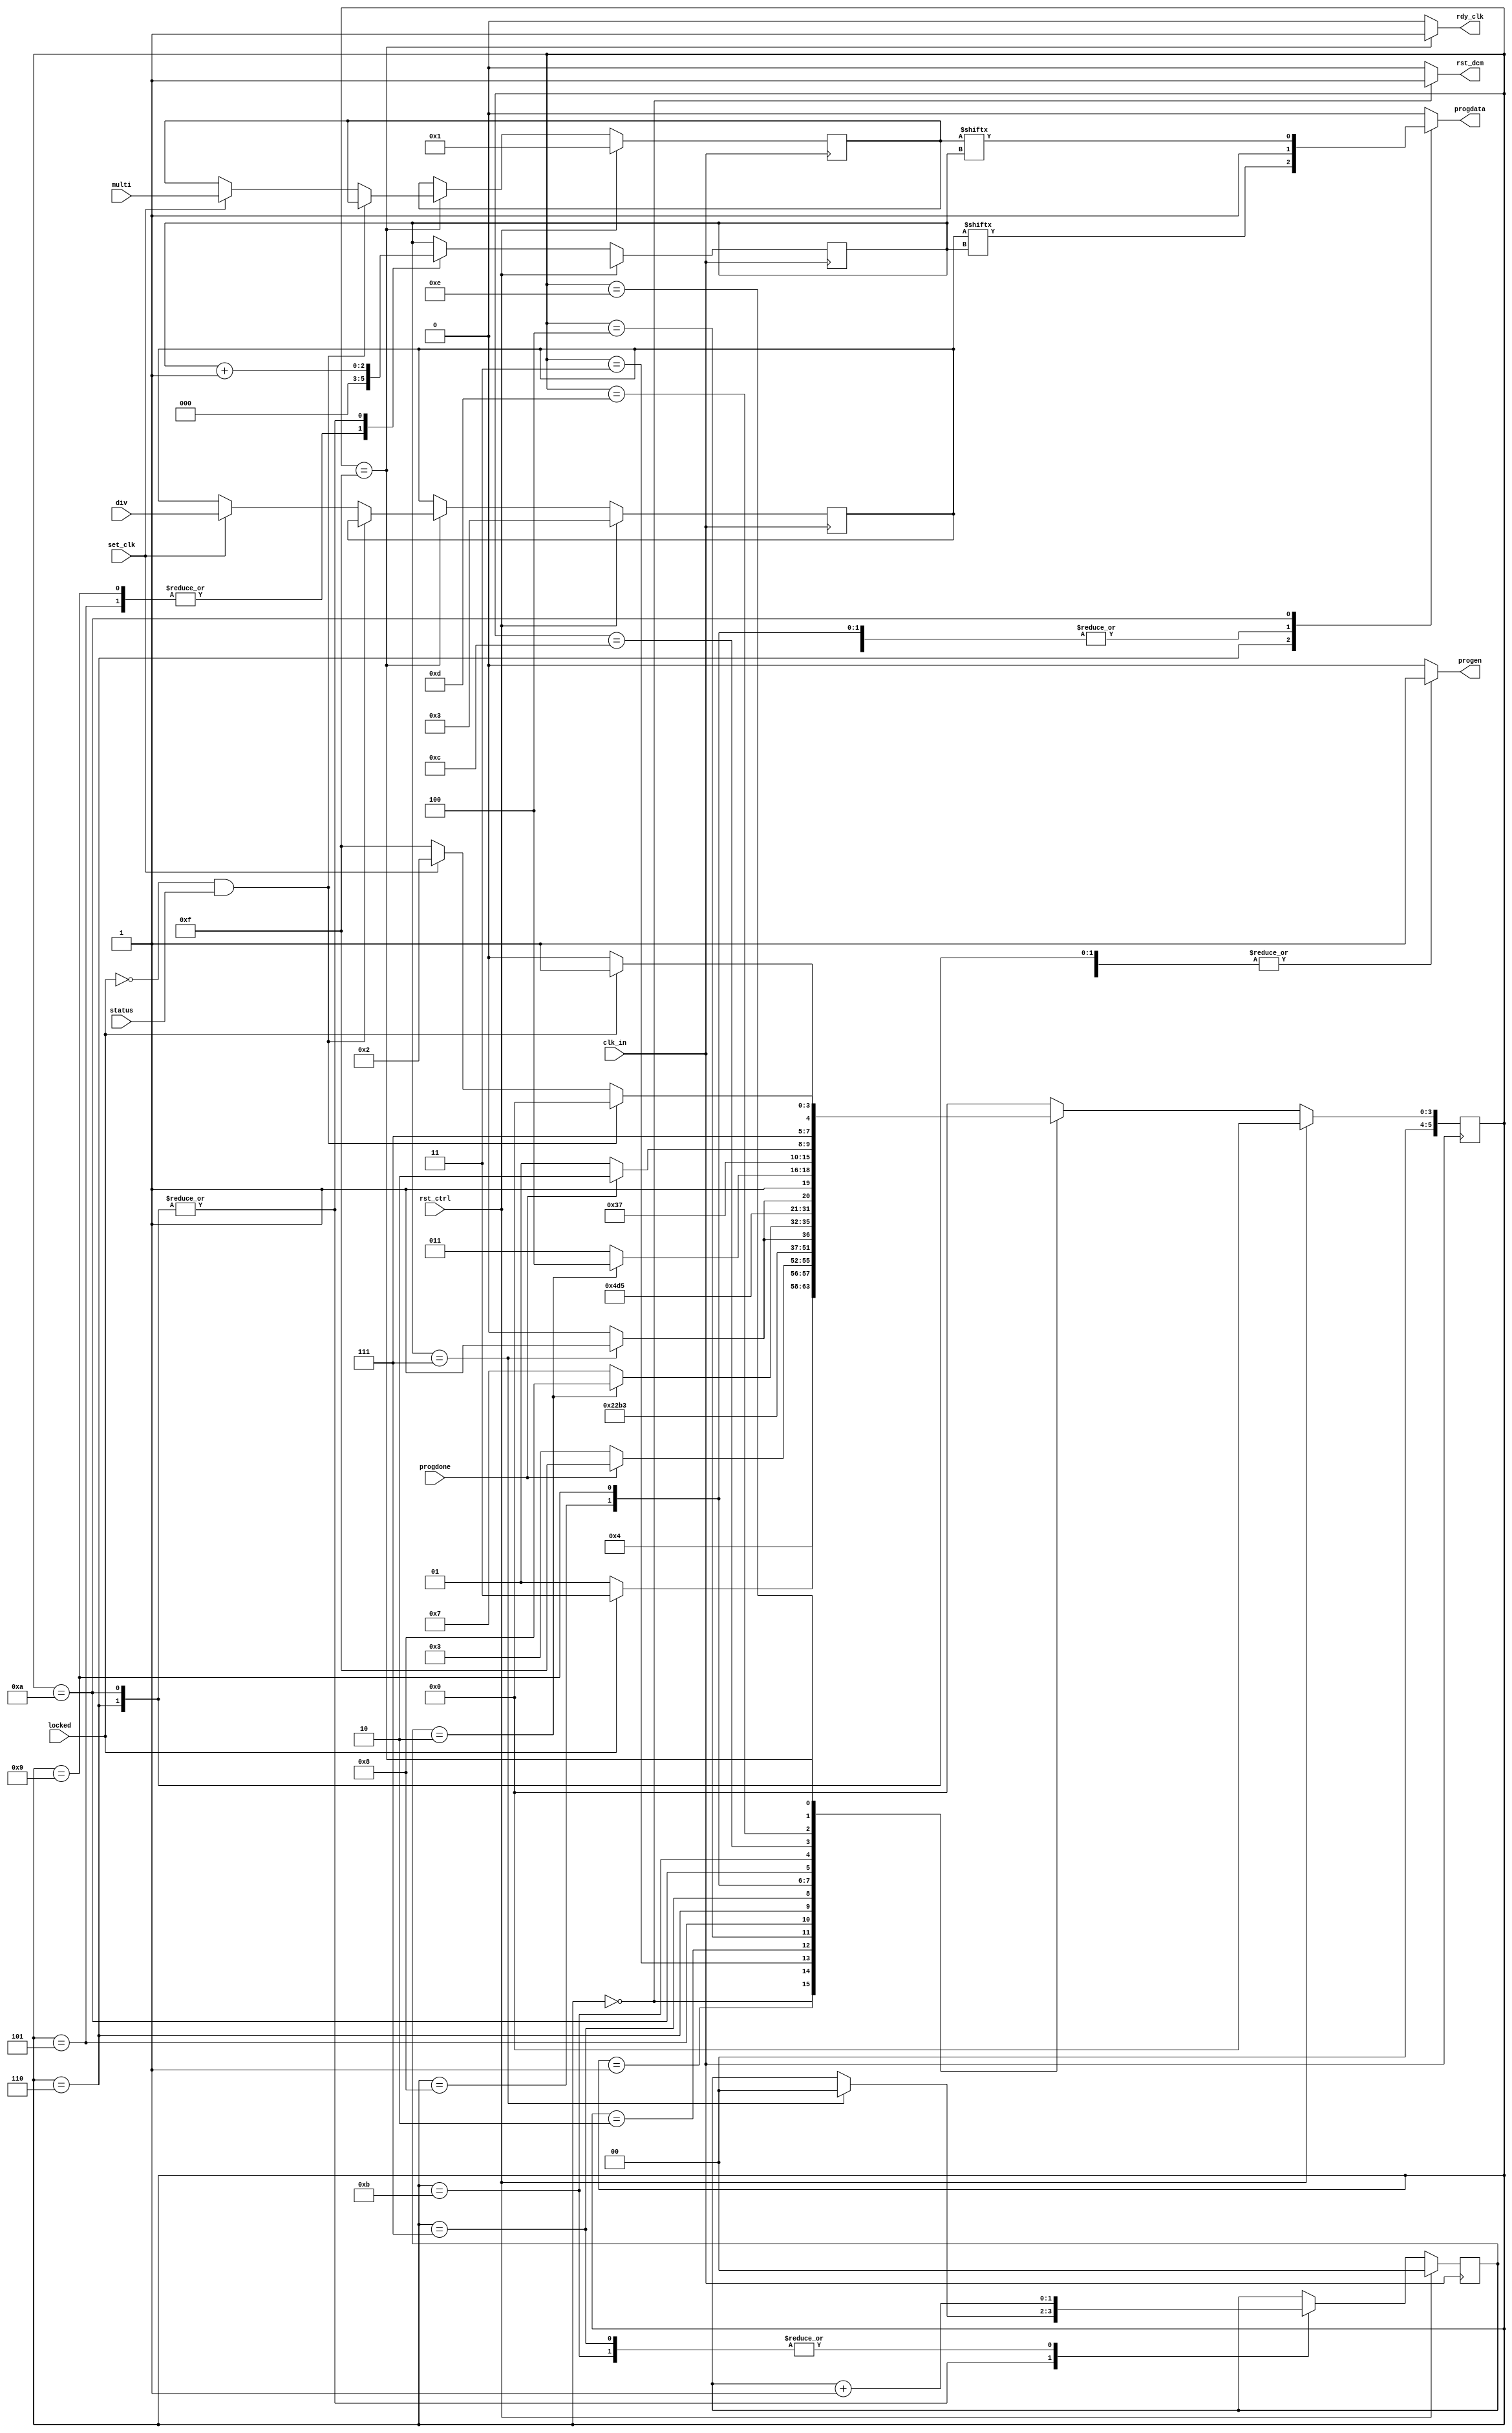
/* Copyright (c) 2013 by the author(s)
 *
 * Permission is hereby granted, free of charge, to any person obtaining a copy
 * of this software and associated documentation files (the "Software"), to deal
 * in the Software without restriction, including without limitation the rights
 * to use, copy, modify, merge, publish, distribute, sublicense, and/or sell
 * copies of the Software, and to permit persons to whom the Software is
 * furnished to do so, subject to the following conditions:
 *
 * The above copyright notice and this permission notice shall be included in
 * all copies or substantial portions of the Software.
 *
 * THE SOFTWARE IS PROVIDED "AS IS", WITHOUT WARRANTY OF ANY KIND, EXPRESS OR
 * IMPLIED, INCLUDING BUT NOT LIMITED TO THE WARRANTIES OF MERCHANTABILITY,
 * FITNESS FOR A PARTICULAR PURPOSE AND NONINFRINGEMENT. IN NO EVENT SHALL THE
 * AUTHORS OR COPYRIGHT HOLDERS BE LIABLE FOR ANY CLAIM, DAMAGES OR OTHER
 * LIABILITY, WHETHER IN AN ACTION OF CONTRACT, TORT OR OTHERWISE, ARISING FROM,
 * OUT OF OR IN CONNECTION WITH THE SOFTWARE OR THE USE OR OTHER DEALINGS IN
 * THE SOFTWARE.
 *
 * =============================================================================
 *
 * Xilinx DCM control for the clock manager
 *
 * Author(s):
 *   Stefan Wallentowitz <stefan.wallentowitz@tum.de>
 */
module dcm_clkgen_ctrl(/*AUTOARG*/
   // Outputs
   rst_dcm, progen, progdata, rdy_clk,
   // Inputs
   multi, div, clk_in, rst_ctrl, set_clk, locked, progdone, status
   );

   parameter DEFAULT_MULTI = 1;
   parameter DEFAULT_DIV   = 3;

   // inputs
   input wire [7:0] multi;
   input wire [7:0] div;
   input wire       clk_in;
   input wire       rst_ctrl;
   input wire       set_clk;
   input wire       locked;
   input wire       progdone;
   input wire       status;

   // outputs
   output reg       rst_dcm;
   output reg       progen;
   output reg       progdata;
   output reg       rdy_clk;

   reg [1:0]        rstcount;
   reg [1:0]        nxt_rstcount;


   reg [7:0]        multi_reg;
   reg [7:0]        nxt_multi_reg;

   reg [7:0]        div_reg;
   reg [7:0]        nxt_div_reg;

   reg [2:0]        progcount;
   reg [2:0]        nxt_progcount;


   localparam SIZE = 6;
   localparam RESET       = 6'b000000;
   localparam HOLDRST     = 6'b000001;
   localparam INIT        = 6'b000010;
   localparam WAITDCM     = 6'b000011;
   localparam LDD1_1      = 6'b000100;
   localparam LDD1_2      = 6'b000101;
   localparam LOAD_D      = 6'b000110;
   localparam WAIT_2CY_1  = 6'b000111;
   localparam LDM1_1      = 6'b001000;
   localparam LDM1_2      = 6'b001001;
   localparam LOAD_M      = 6'b001010;
   localparam WAIT_2CY_2  = 6'b001011;
   localparam GO          = 6'b001100;
   localparam WAIT_PRDONE = 6'b001101;
   localparam WAIT_LOCKED = 6'b001110;
   localparam RUN         = 6'b001111;

   reg [SIZE-1:0] state;
   reg [SIZE-1:0] nxt_state;

   always @(posedge clk_in) begin
      if (rst_ctrl == 1'b1) begin
         state <= RESET;
         rstcount <= 'b0;
         progcount <= 'bx;
         div_reg <= DEFAULT_DIV;
         multi_reg <= DEFAULT_MULTI;
      end else begin
         state <= nxt_state;
         rstcount <= nxt_rstcount;
         progcount <= nxt_progcount;
         div_reg <= nxt_div_reg;
         multi_reg <= nxt_multi_reg;
      end
   end

   always @(*) begin
      nxt_rstcount = rstcount;

      rst_dcm = 1'b0;
      progen = 1'b0;
      progdata = 1'b0;
      rdy_clk = 1'b0;

      nxt_progcount = progcount;
      nxt_multi_reg = multi_reg;
      nxt_div_reg   = div_reg;

      case(state)
        RESET : begin
           rst_dcm = 1'b1;

           if (rst_ctrl) begin
              nxt_state = RESET;
           end else begin
              nxt_state = HOLDRST;
           end
        end
        HOLDRST: begin
           if (locked) begin
              nxt_state = WAITDCM;
           end else begin
              nxt_state = HOLDRST;
           end
        end
        WAITDCM: begin
           if(progdone == 1'b1) begin // progdone shows DCM is programmable
              nxt_state = RUN;
           end else begin
              nxt_state = WAITDCM;
           end
        end
        INIT: begin
           nxt_state = LDD1_1;
        end
        LDD1_1: begin
           progen = 1'b1;
           progdata = 1'b1;
           nxt_state = LDD1_2;
        end
        LDD1_2: begin
           progen = 1'b1;
           progdata = 1'b0;
           nxt_progcount = 'b0;
           nxt_state = LOAD_D;
        end
        LOAD_D: begin
           progen = 1'b1;
           progdata = div_reg[progcount];
           nxt_progcount = progcount + 1;
           if (progcount == 3'b111) begin
              nxt_state = WAIT_2CY_1;
              nxt_rstcount = 'b0;
           end else begin
              nxt_state = LOAD_D;
           end
        end
        WAIT_2CY_1: begin
           nxt_rstcount = rstcount + 1;
           if (rstcount == 3'b010) begin
              nxt_state = LDM1_1;
           end else begin
              nxt_state = WAIT_2CY_1;
           end
        end
        LDM1_1: begin
           progen = 1'b1;
           progdata = 1'b1;
           nxt_state = LDM1_2;
        end
        LDM1_2: begin
           progen = 1'b1;
           progdata = 1'b1;
           nxt_progcount = 'b0;
           nxt_state = LOAD_M;
        end
        LOAD_M: begin
           progen = 1'b1;
           progdata = multi_reg[progcount];
           nxt_progcount = progcount + 1;
           if (progcount == 3'b111) begin
              nxt_state = WAIT_2CY_2;
              nxt_rstcount = 'b0;
           end else begin
              nxt_state = LOAD_M;
           end
        end
        WAIT_2CY_2: begin
           nxt_rstcount = rstcount + 1;
           if (rstcount == 3'b010) begin
              nxt_state = GO;
           end else begin
              nxt_state = WAIT_2CY_2;
           end
        end
        GO: begin
           progen = 1'b1;
           progdata = 1'b0;
           nxt_state = WAIT_PRDONE;
        end
        WAIT_PRDONE: begin
           if (progdone) begin
              nxt_state = WAIT_LOCKED;
           end else begin
              nxt_state = WAIT_PRDONE;
           end
        end
        WAIT_LOCKED: begin
           if (locked) begin
              nxt_state = RUN;
           end else begin
              nxt_state = WAIT_LOCKED;
           end
        end
        RUN: begin
           rdy_clk = 1'b1;
           if((!locked) && (status == 1'b1)) begin
              nxt_state = RESET;
           end else begin
              if(set_clk == 1'b1) begin
                 nxt_state = INIT;
                 nxt_multi_reg = multi;
                 nxt_div_reg = div;
              end else begin
                 nxt_state = RUN;
              end
           end
        end
        default: begin
           nxt_state = RESET;
        end
      endcase
   end

endmodule // dcm_clkgen_ctrl